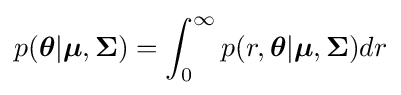
p({\boldsymbol {\theta }}|{\boldsymbol {\mu }},{\boldsymbol {\Sigma }})=\int _{0}^{\infty }p(r,{\boldsymbol {\theta }}|{\boldsymbol {\mu }},{\boldsymbol {\Sigma }})dr